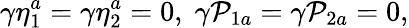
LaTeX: \gamma\eta_{1}^{a}=\gamma\eta_{2}^{a}=0,\; \gamma\mathcal{P}_{1a}=\gamma\mathcal{P}_{2a}=0,